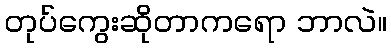
တုပ်ကွေးဆိုတာကရော ဘာလဲ။